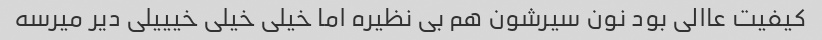
کیفیت عاالی بود نون سیرشون هم بی نظیره اما خیلی خیلی خیییلی دیر میرسه